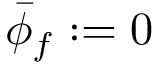
\bar { \phi } _ { f } : = 0